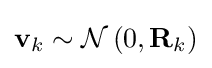
\mathbf {v} _{k}\sim {\mathcal {N}}\left(0,\mathbf {R} _{k}\right)